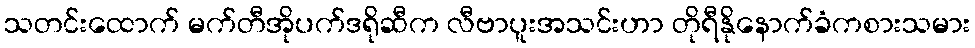
သတင်းထောက် မက်တီအိုပက်ဒရိုဆီက လီဗာပူးအသင်းဟာ တိုရီနိုနောက်ခံကစားသမား